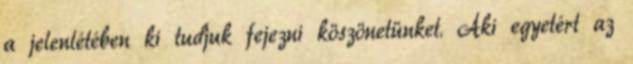
a jelenlétében ki tudjuk fejezni köszönetünket. Aki egyetért az